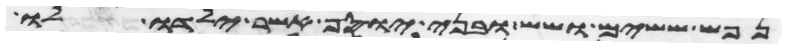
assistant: נפש ששים ושש ובני יוסף אשר ילדו לו